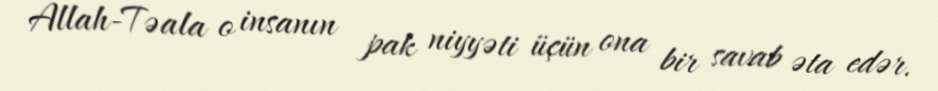
Allah-Təala o insanın pak niyyəti üçün ona bir savab əta edər.